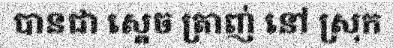
បានជា ស្តេច ត្រាញ់ នៅ ស្រុក